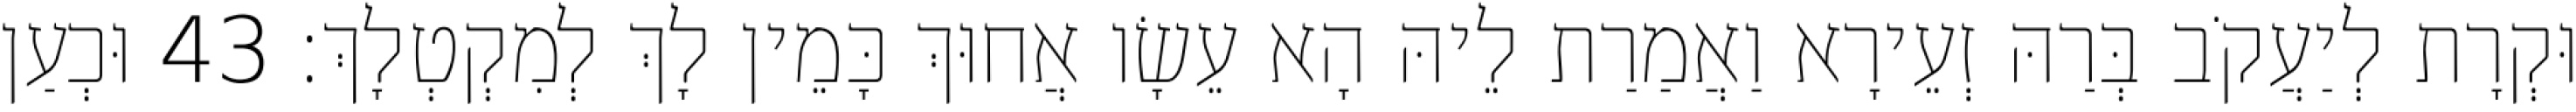
וּקְרָת לְיַעֲקֹב בְּרַהּ זְעֵירָא וַאֲמַרַת לֵיהּ הָא עֵשָׂו אֲחוּךְ כָּמֵין לָךְ לְמִקְטְלָךְ׃ 43 וּכְעַן